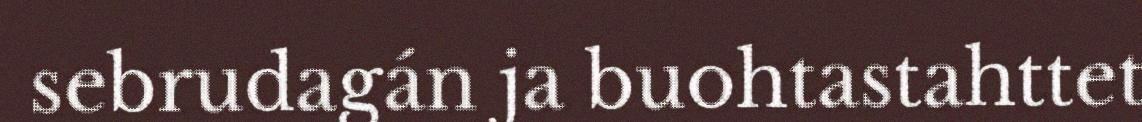
sebrudagán ja buohtastahttet